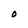
Character: O